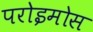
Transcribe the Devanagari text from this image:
परोइमोस